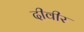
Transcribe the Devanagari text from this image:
दीवीर